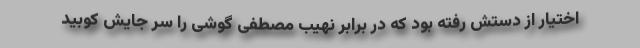
اختیار از دستش رفته بود که در برابر نهیب مصطفی گوشی را سر جایش کوبید